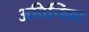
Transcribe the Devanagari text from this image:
अविच्छित्त